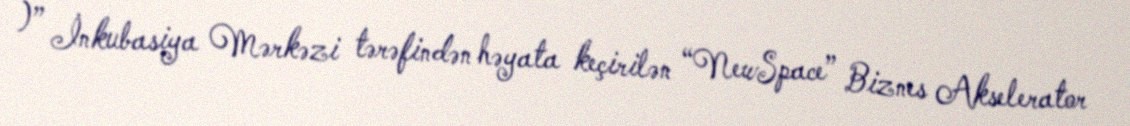
)” İnkubasiya Mərkəzi tərəfindən həyata keçirilən “NewSpace” Biznes Akselerator